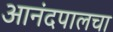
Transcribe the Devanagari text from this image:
आनंदपालचा